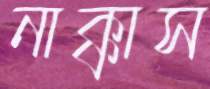
নাক্কাস